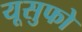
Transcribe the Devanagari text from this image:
यूसुफो